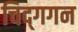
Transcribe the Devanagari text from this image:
चिद्‌गगन